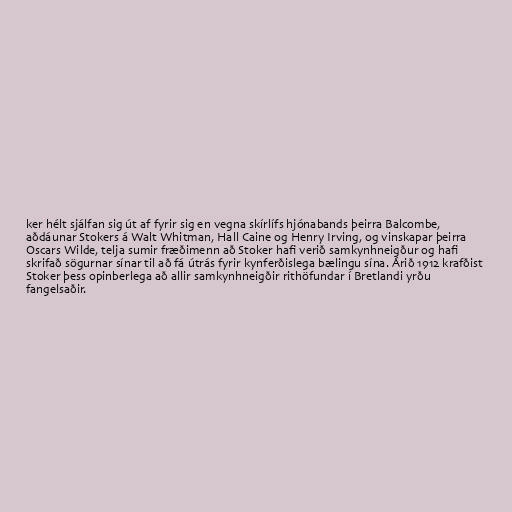
ker hélt sjálfan sig út af fyrir sig en vegna skírlífs hjónabands þeirra Balcombe,
aðdáunar Stokers á Walt Whitman, Hall Caine og Henry Irving, og vinskapar þeirra
Oscars Wilde, telja sumir fræðimenn að Stoker hafi verið samkynhneigður og hafi
skrifað sögurnar sínar til að fá útrás fyrir kynferðislega bælingu sína. Árið 1912 krafðist
Stoker þess opinberlega að allir samkynhneigðir rithöfundar í Bretlandi yrðu
fangelsaðir.